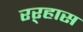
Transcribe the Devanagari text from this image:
रऱ्हास